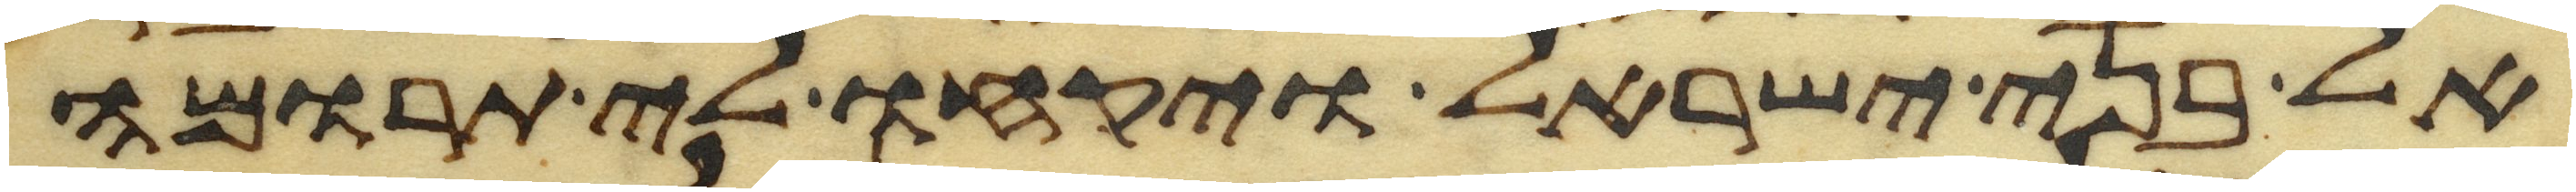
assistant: אל בני ישראל ויקחו לי תרומה